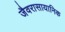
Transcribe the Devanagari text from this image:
जैवरासायानिक